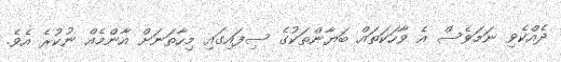
ދެއްކެވި ނަމަވެސް އެ ވާހަކަތައް ބަޔާންތަކުގެ ސިފައިގައި މިހާތަނަށް އާންމެއް ނުކުރެ އެވެ.